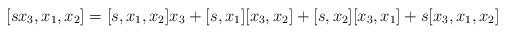
LaTeX: \begin{align*}[s x_3 , x_1, x_2] = [s , x_1, x_2] x_3 + [s, x_1] [x_3, x_2] + [s, x_2][x_3, x_1] + s [x_3, x_1, x_2]\end{align*}